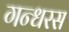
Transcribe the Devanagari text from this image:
गन्धरस